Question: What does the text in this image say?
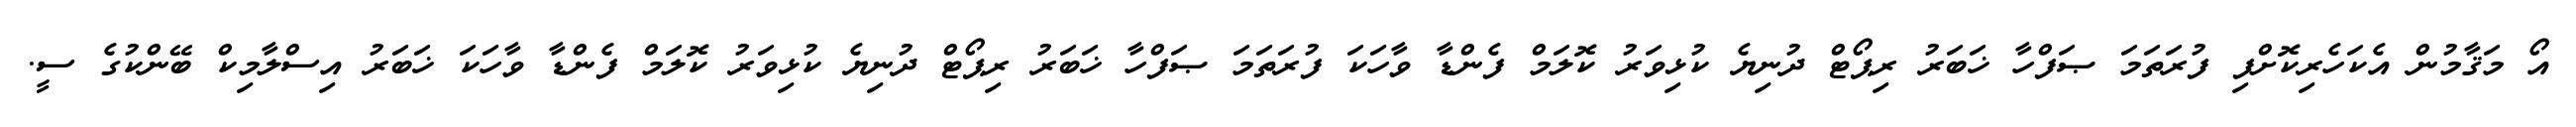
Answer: އޯ މަޤާމުން އެކަހެރިކޮށްފި ފުރަތަމަ ޞަފްހާ ޚަބަރު ރިޕޯޓް ދުނިޔެ ކުޅިވަރު ކޮލަމް ފެންޑާ ވާހަކަ ފުރަތަމަ ޞަފްހާ ޚަބަރު ރިޕޯޓް ދުނިޔެ ކުޅިވަރު ކޮލަމް ފެންޑާ ވާހަކަ ޚަބަރު އިސްލާމިކް ބޭންކުގެ ސީ.